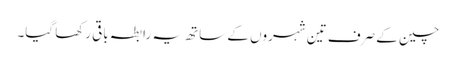
چین کے صرف تین شہروں کے ساتھ یہ رابطہ باقی رکھا گیا۔